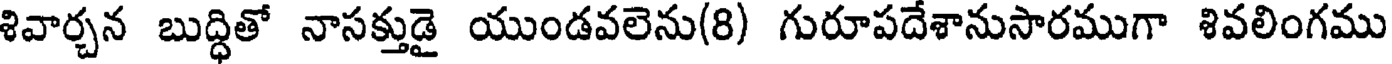
శివార్చన బుద్ధితో నాసక్తుడై యుండవలెను(8) గురూపదేశానుసారముగా శివలింగము